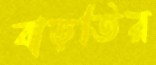
বাড়তির